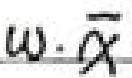
\(w\cdot \overline{r}\)